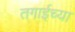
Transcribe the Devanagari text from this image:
तगाईच्या